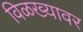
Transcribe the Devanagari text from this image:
विळख्यावर